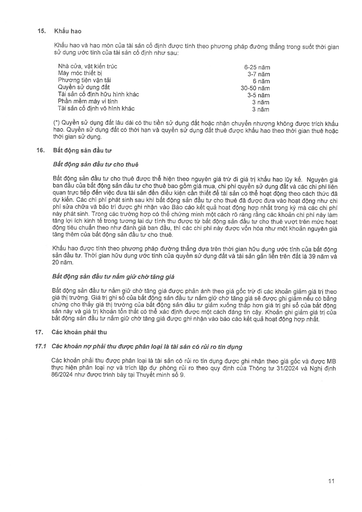
|Nhà cửa, vật kiến trúc|6-25 năm| |---|---| |Máy móc thiết bị|3-7 năm| |Phương tiện vận tải|6 năm| |Quyền sử dụng đất|30-50 năm| |Tài sản cố định hữu hình khác|3-5 năm| |Phần mềm máy vi tính|3 năm| |Tài sản cố định vô hình khác|3 năm|